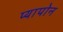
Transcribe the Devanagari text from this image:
प्यापोन